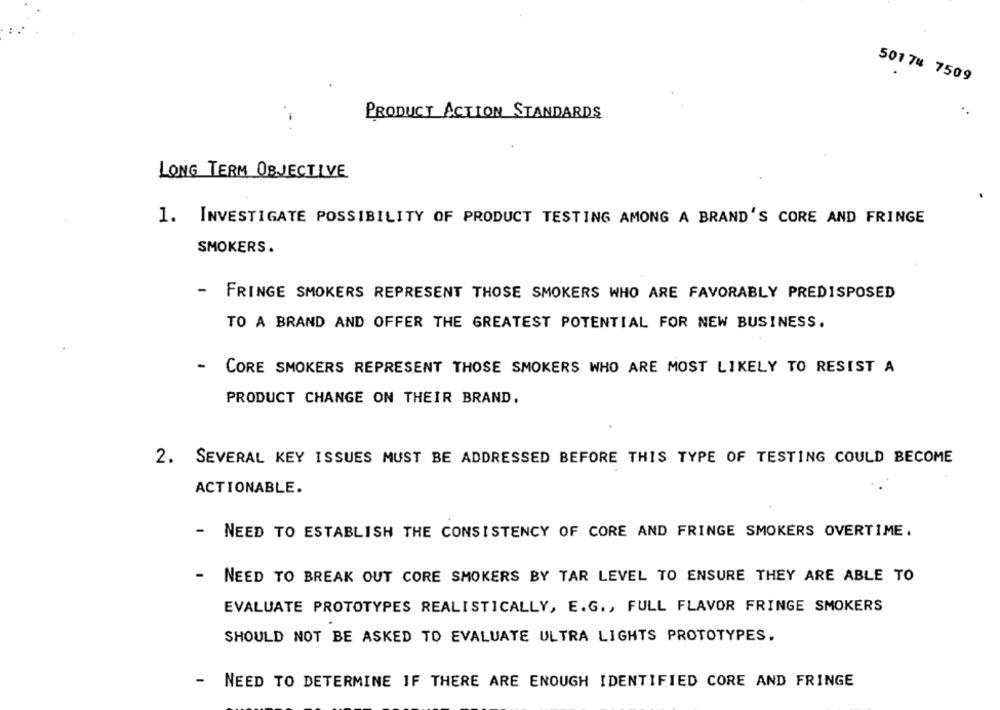
50174 7509
PRODUCT ACTION STANDARDS
LONG TERM OBJECTIVE
1. INVESTIGATE POSSIBILITY OF PRODUCT TESTING AMONG A BRAND'S CORE AND FRINGE
SMOKERS.
-
FRINGE SMOKERS REPRESENT THOSE SMOKERS WHO ARE FAVORABLY PREDISPOSED
TO A BRAND AND OFFER THE GREATEST POTENTIAL FOR NEW BUSINESS.
- CORE SMOKERS REPRESENT THOSE SMOKERS WHO ARE MOST LIKELY TO RESIST A
PRODUCT CHANGE ON THEIR BRAND.
2. SEVERAL KEY ISSUES MUST BE ADDRESSED BEFORE THIS TYPE OF TESTING COULD BECOME
ACTIONABLE.
- NEED TO ESTABLISH THE CONSISTENCY OF CORE AND FRINGE SMOKERS OVERTIME.
-
NEED TO BREAK OUT CORE SMOKERS BY TAR LEVEL TO ENSURE THEY ARE ABLE TO
EVALUATE PROTOTYPES REALISTICALLY, E.G ., FULL FLAVOR FRINGE SMOKERS
SHOULD NOT BE ASKED TO EVALUATE ULTRA LIGHTS PROTOTYPES,
- NEED TO DETERMINE IF THERE ARE ENOUGH IDENTIFIED CORE AND FRINGE